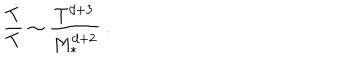
\frac { { \dot { T } } } { T } \sim \frac { T ^ { d + 3 } } { M _ { * } ^ { d + 2 } } \ .